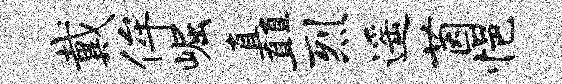
戴侔崛矗烈遥茵悒